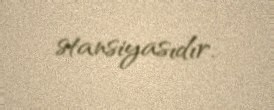
stansiyasıdır.